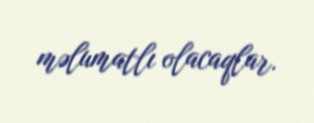
məlumatlı olacaqlar.